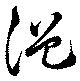
浥